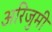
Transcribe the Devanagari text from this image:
अरिजुमी